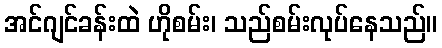
အင်ဂျင်ခန်းထဲ ဟိုစမ်း၊ သည်စမ်းလုပ်နေသည်။